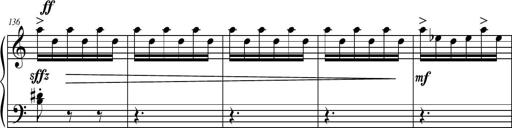
Title: Petite Sonatine
Composer: Richard St. Clair